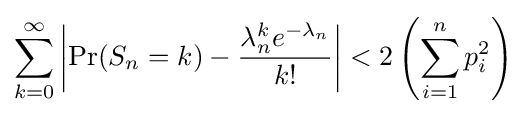
\sum _{k=0}^{\infty }\left|\Pr(S_{n}=k)-{\lambda _{n}^{k}e^{-\lambda _{n}} \over k!}\right|<2\left(\sum _{i=1}^{n}p_{i}^{2}\right)